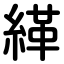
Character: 緙